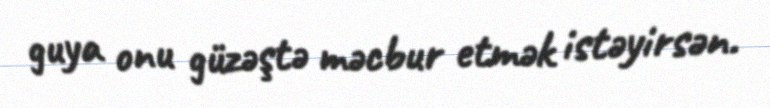
guya onu güzəştə məcbur etmək istəyirsən.